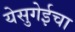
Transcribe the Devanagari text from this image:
येसुगेईचा